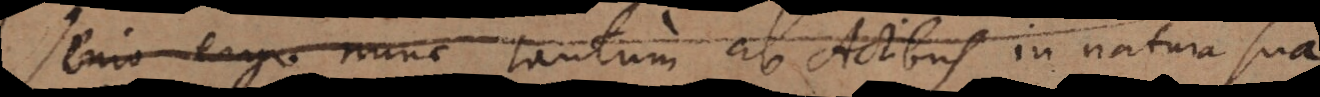
enio ergo nunc tantum ab Actibus in natura sua